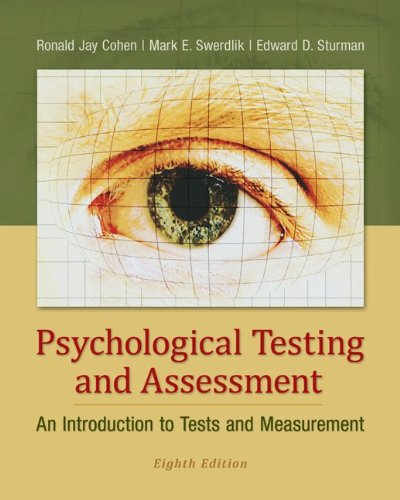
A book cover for Psychological Testing and Assessment: An Introduction to Tests and Measurement; Ronald Jay Cohen; Medical Books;